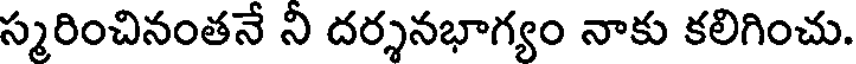
స్మరించినంతనే ని దర్శనభాగ్యం నాకు కలిగించు.